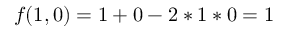
f ( 1 , 0 ) = 1 + 0 - 2 * 1 * 0 = 1